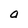
Character: o